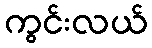
ကွင်းလယ်